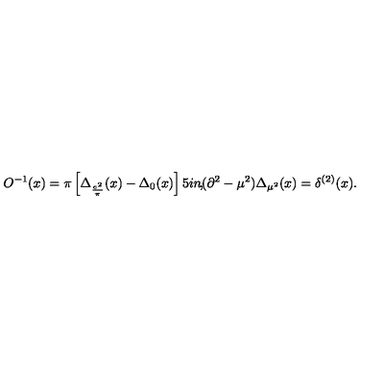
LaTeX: O ^ { - 1 } ( x ) = \pi \left[ \Delta _ { \frac { e ^ { 2 } } { \pi } } ( x ) - \Delta _ { 0 } ( x ) \right] \makebox [ . 5 i n ] { , } ( \partial ^ { 2 } - \mu ^ { 2 } ) \Delta _ { \mu ^ { 2 } } ( x ) = \delta ^ { ( 2 ) } ( x ) .